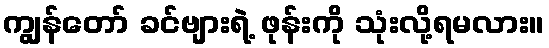
ကျွန်တော် ခင်ဗျားရဲ့ ဖုန်းကို သုံးလို့ရမလား။